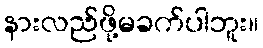
နားလည်ဖို့မခက်ပါဘူး။